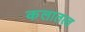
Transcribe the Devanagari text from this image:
कलातत्व